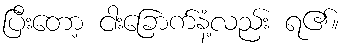
ပြီးတော့ ငါးခြောက်နံ့လည်း ရ၏။